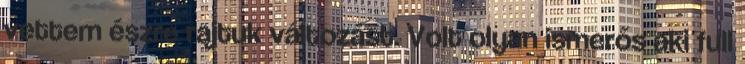
vettem észre rajtuk változást. Volt olyan ismerős aki full